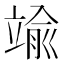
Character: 𮄶